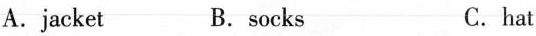
A.jacket B.socks C.hat